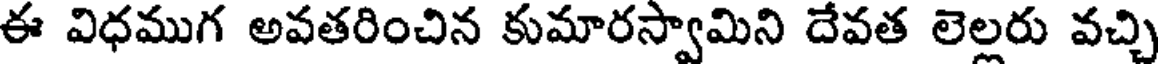
ఈ విధముగ అవతరించిన కుమారస్వామిని దేవత లెల్లరు వచ్చి